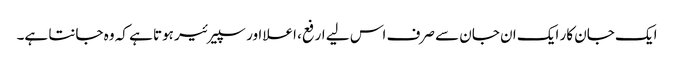
ایک جان کار ایک ان جان سے صرف اس لیے ارفع، اعلا اور سپیرئیر ہوتا ہے کہ وہ جانتا ہے۔